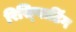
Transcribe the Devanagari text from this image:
रिस्प्लिटिंग